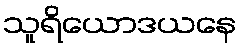
သူရိယောဒယနေ